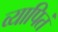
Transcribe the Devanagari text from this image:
व्यापितं